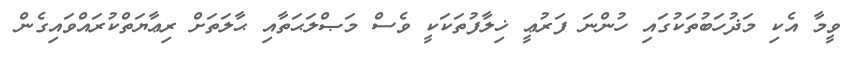
ވީމާ އެކި މަޛުހަބުތަކުގައި ހުންނަ ފަރުޢީ ޚިލާފުތަކަކީ ވެސް މަޞްލަޙަތާއި ޙާލަތަށް ރިޢާޔަތްކުރައްވައިގެން